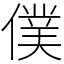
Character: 僕